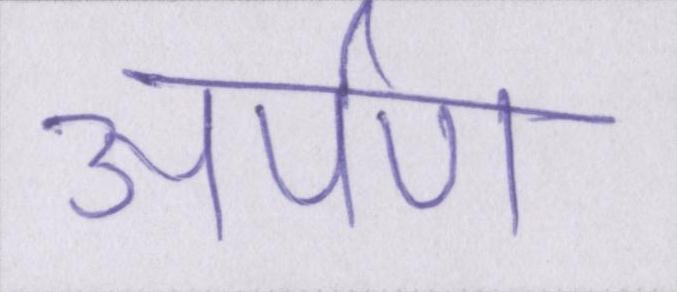
अर्पण